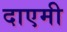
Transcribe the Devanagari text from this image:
दाएमी